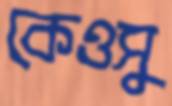
কেওসু